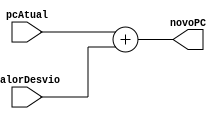
module PC_SomaDesvio (
  input [31:0] pcAtual,     // Valor atual do contador de programa
  input [31:0] valorDesvio, // Valor de desvio
  output wire [31:0] novoPC  // Novo valor do contador de programa
);


   assign novoPC = pcAtual + valorDesvio;


endmodule